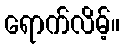
ရောက်လိမ့်။